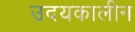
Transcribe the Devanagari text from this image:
उदयकालीन